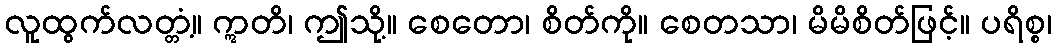
လူထွက်လတ္တံ့။ ဣတိ၊ ဤသို့။ စေတော၊ စိတ်ကို။ စေတသာ၊ မိမိစိတ်ဖြင့်။ ပရိစ္စ၊